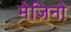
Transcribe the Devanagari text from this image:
मेज़िनो